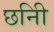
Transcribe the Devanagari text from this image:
छनिी